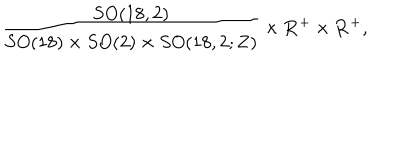
\frac { S O ( 1 8 , 2 ) } { S O ( 1 8 ) \times S O ( 2 ) \times S O ( 1 8 , 2 ; { \bf Z } ) } \times { \bf R } ^ { + } \times { \bf R } ^ { + } ,